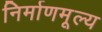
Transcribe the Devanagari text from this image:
निर्माणमूल्य